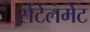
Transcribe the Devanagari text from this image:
सेटेलमेंट